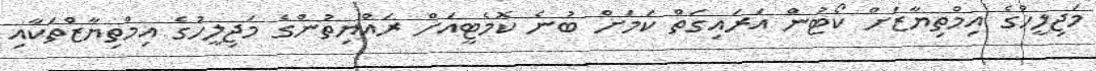
މަޖިލީހުގެ އިމްތިޔާޒަށް ކޯޓުން އަރައިގަތް ކަމަށް ބުނެ ކޮމެޓީއަށް ރައްޔިތުންގެ މަޖިލީހުގެ އިމްތިޔާޒްތަކާއި